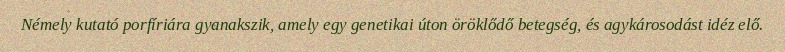
Némely kutató porfíriára gyanakszik, amely egy genetikai úton öröklődő betegség, és agykárosodást idéz elő.